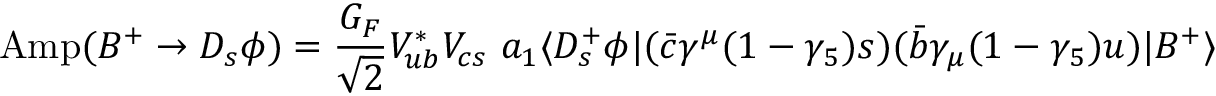
\mathrm { A m p } ( B ^ { + } \to D _ { s } \phi ) = \frac { G _ { F } } { \sqrt 2 } V _ { u b } ^ { * } V _ { c s } ~ a _ { 1 } \langle D _ { s } ^ { + } \phi | ( \bar { c } \gamma ^ { \mu } ( 1 - \gamma _ { 5 } ) s ) ( \bar { b } \gamma _ { \mu } ( 1 - \gamma _ { 5 } ) u ) | B ^ { + } \rangle